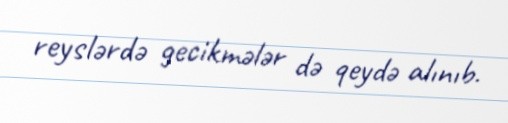
reyslərdə gecikmələr də qeydə alınıb.